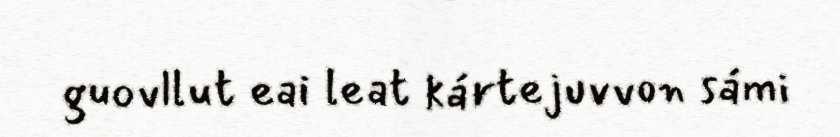
guovllut eai leat kártejuvvon sámi